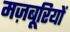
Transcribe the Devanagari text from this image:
मज़बूरियों